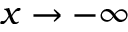
x \to - \infty